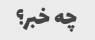
چه خبر؟